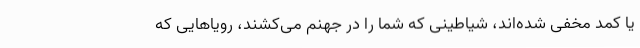
یا کمد مخفی شده‌اند، شیاطینی که شما را در جهنم می‌کشند، رویاهایی که